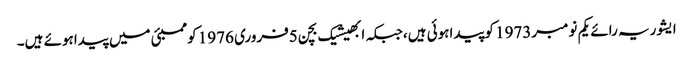
ایشوریہ رائے یکم نومبر1973 کوپیداہوئی ہیں،جبکہ ابھیشیک بچن 5فروری 1976 کوممبئی میں پیداہوئے ہیں۔